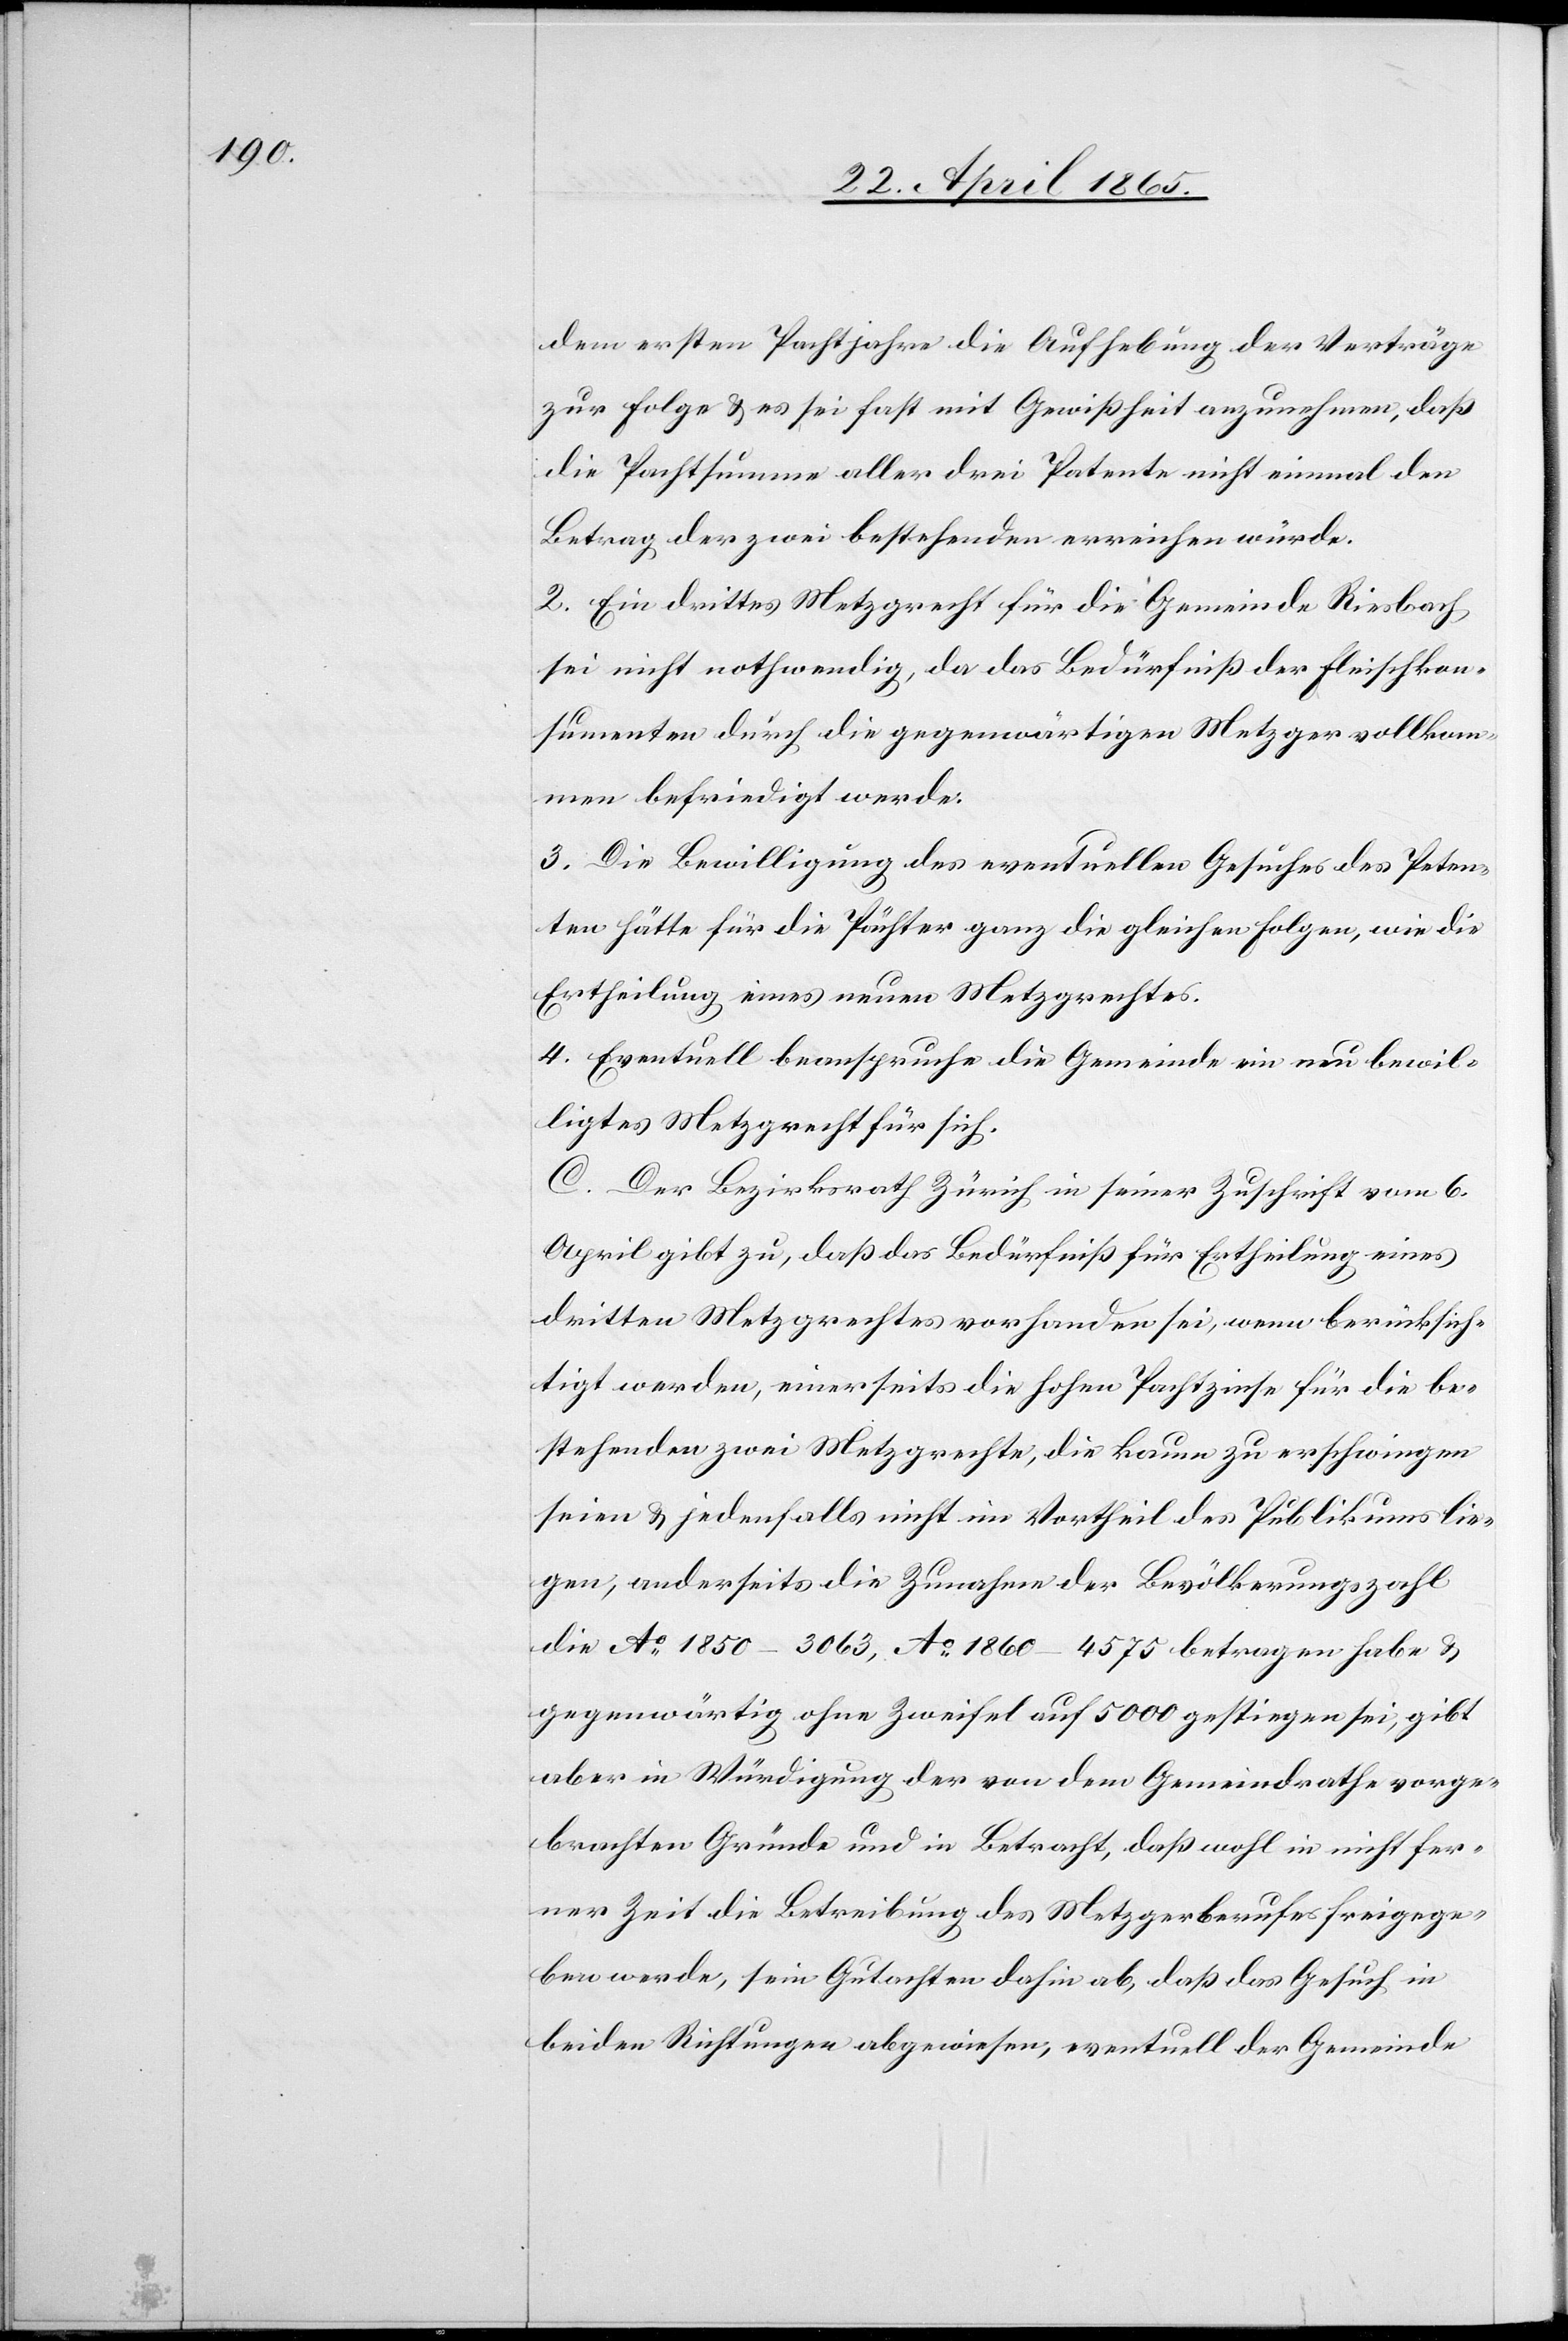
dem ersten Pachtjahre die Aufhebung der Verträge
zur Folge & es sei fast mit Gewißheit anzunehmen, daß
die Pachtsumme aller drei Patente nicht einmal den
Betrag der zwei bestehenden erreichen würde.
2. Ein drittes Metzgrecht für die Gemeinde Riesbach
sei nicht nothwendig, da das Bedürfnis der Fleischkon¬
sumenten durch die gegenwärtigen Metzger vollkom¬
men befriedigt werde.
3. Die Bewilligung des eventuellen Gesuches des Peten¬
ten hätte für die Pächter ganz die gleichen Folgen, wie die
Ertheilung eines neuen Metzgrechtes.
4. Eventuell beanspruche die Gemeinde ein neu bewil¬
ligtes Metzgrecht für sich.
C. Der Bezirksrath Zürich in seiner Zuschrift vom 6.
April gibt zu, daß das Bedürfniß für Ertheilung eines
dritten Metzgrechtes vorhanden sei, wenn berücksich¬
tigt werden, einerseits die hohen Pachtzinse für die be¬
stehenden zwei Metzgrechte, die kaum zu erschwingen
seien & jedenfalls nicht im Vortheil des Publikums lie¬
gen, anderseits die Zunahme der Bevölkerungszahl
die Ao 1850 – 3063, Ao 1860 – 4575 betragen habe &
gegenwärtig ohne Zweifel auf 5000 gestiegen sei, gibt
aber in Würdigung der von dem Gemeindrathe vorge¬
brachten Gründe und in Betracht, daß wohl in nicht fer¬
ner Zeit die Betreibung des Meztgerberufes freigege¬
ben werde, sein Gutachten dahin ab, daß das Gesuch in
beiden Richtungen abgewiesen, eventuell der Gemeinde